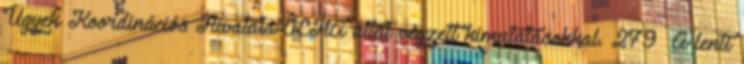
Ügyek Koordinációs Hivatala OCHA által végzett kimutatásokkal. 279 A lenti